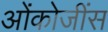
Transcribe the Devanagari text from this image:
ओंकोजींस